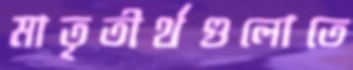
মাতৃতীর্থগুলোতে